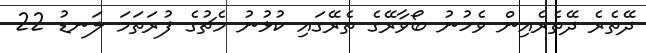
ދޭތެރެ ދޭތެރެއިން ވެހުނު ބޯވާރޭގެ ތެރޭގައި ކުޅުނު މެޗުގެ ފުރަތަމަ ލަނޑު 22